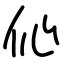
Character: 伈